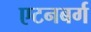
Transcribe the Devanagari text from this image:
एटनबर्ग